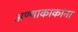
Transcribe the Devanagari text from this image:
अण्णाकाकांना